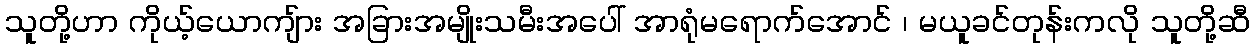
သူတို့ဟာ ကိုယ့်ယောကျ်ား အခြားအမျိုးသမီးအပေါ် အာရုံမရောက်အောင် ၊ မယူခင်တုန်းကလို သူတို့ဆီ